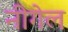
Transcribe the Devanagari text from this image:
नीगेल